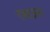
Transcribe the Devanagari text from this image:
राबऊन